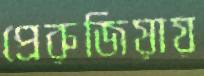
প্রেরুজিয়ায়